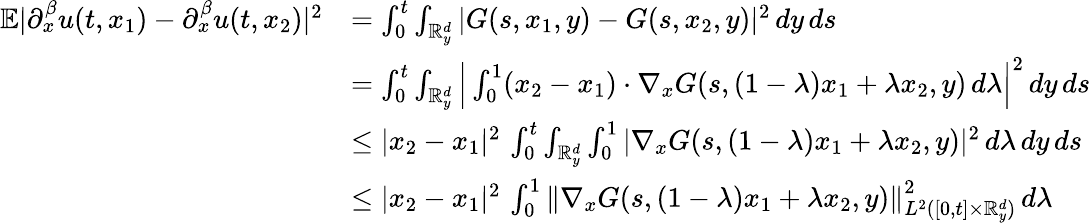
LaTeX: \begin{array}{rl}{\mathbb{E}|{\partial}_{x}^{\beta}u(t,x_{1})-{\partial}_{x}^{\beta}u(t,x_{2})|^{2}}&{=\int_{0}^{t}\int_{\mathbb R_{y}^{d}}|G(s,x_{1},y)-G(s,x_{2},y)|^{2}\, dy\, ds}\\ &{=\int_{0}^{t}\int_{\mathbb R_{y}^{d}}\Big|\int_{0}^{1}(x_{2}-x_{1})\cdot\nabla_{x}G(s,(1-\lambda)x_{1}+\lambda x_{2},y)\, d\lambda\Big|^{2}\, dy\, ds}\\ &{\leq|x_{2}-x_{1}|^{2}\, \int_{0}^{t}\int_{\mathbb R_{y}^{d}}\int_{0}^{1}|\nabla_{x}G(s,(1-\lambda)x_{1}+\lambda x_{2},y)|^{2}\, d\lambda\, dy\, ds}\\ &{\leq|x_{2}-x_{1}|^{2}\, \int_{0}^{1}\left\lVert\nabla_{x}G(s,(1-\lambda)x_{1}+\lambda x_{2},y)\right\rVert_{L^{2}([0,t]\times\mathbb R_{y}^{d})}^{2}\, d\lambda}\end{array}